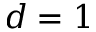
d = 1